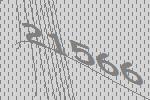
21566